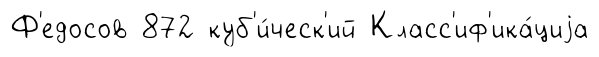
Ф'едосов 872 куб'и́ческ'ий Класс'иф'ика́циjа